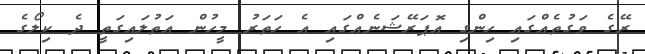
ރޭގެ ވަގުތެއްގައި ހިންގި އޮޕަރޭޝަނެއްގައި އެ ހަތަރު މީހުން އަތުލައިގަތީ ދެ ކިލޯގެ